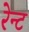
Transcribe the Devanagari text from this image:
रेन्ट